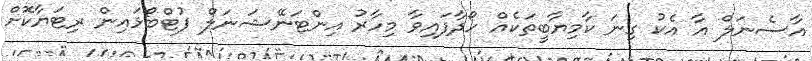
އާސެނަލް އާ އެކު ގިނަ ކާމިޔާބީތަކެއް ހޯދާފައިވާ މިހާރު އިންޓަނޭޝަނަލް ފުޓްބޯޅައިން ރިޓަޔާކޮށް